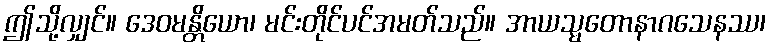
ဤသို့လျှင်။ ဒေဝမန္တိယော၊ မင်းတိုင်ပင်အမတ်သည်။ အာယသ္မတောနာဂသေနဿ၊